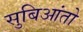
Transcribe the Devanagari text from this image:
सुबिआंतो